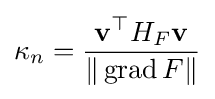
\kappa _{n}={\frac {\mathbf {v} ^{\top }H_{F}\mathbf {v} }{\|\operatorname {grad} F\|}}